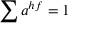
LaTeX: \sum a ^ { h f } = 1